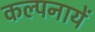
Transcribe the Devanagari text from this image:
कल्पनायें